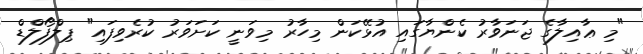
"މި ޢާއިލާގެ ޖަނަވާރު ކެންޔާގައި އުޅޭކަން މިހާރު މިވަނީ ކަށަވަރު ކުރެވިފައި" ޕިލްފޯލްޑް